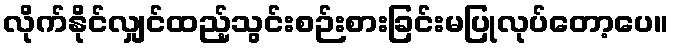
လိုက်နိုင်လျှင်ထည့်သွင်းစဉ်းစားခြင်းမပြုလုပ်တော့ပေ။